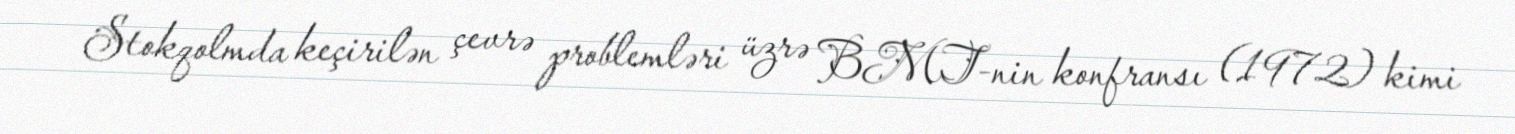
Stokqolmda keçirilən çevrə problemləri üzrə BMT-nin konfransı (1972) kimi